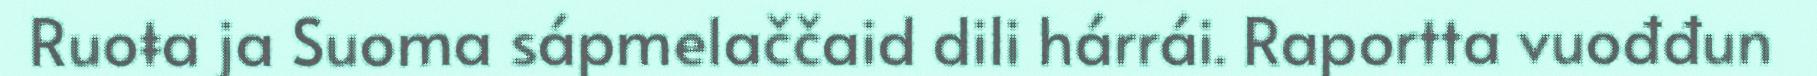
Ruoŧa ja Suoma sápmelaččaid dili hárrái. Raportta vuođđun